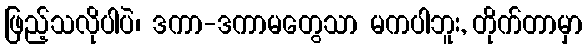
ဖြည့်သလိုပါပဲ၊ ဒကာ-ဒကာမတွေသာ မကပါဘူး, တိုက်တာမှာ